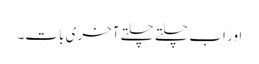
اور اب چلتے چلتے آخری بات۔